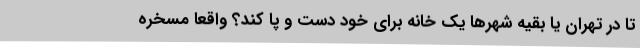
تا در تهران یا بقیه شهرها یک خانه برای خود دست و پا کند؟ واقعا مسخره